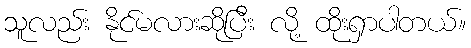
သူလည်း နိုင်မလားဆိုပြီး လို့ ထိုးရှာပါတယ်။